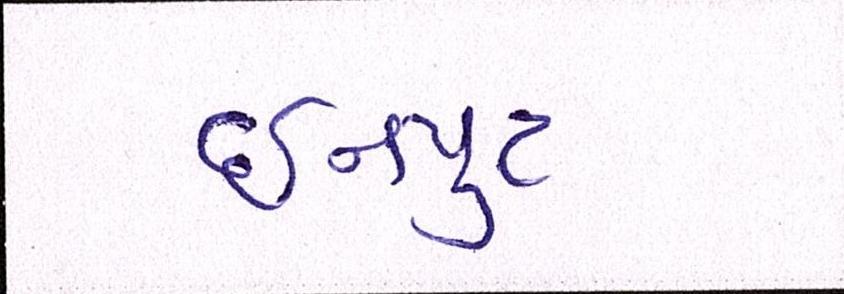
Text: ઇનપુટ